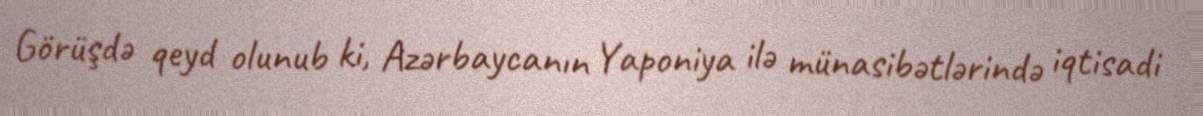
Görüşdə qeyd olunub ki, Azərbaycanın Yaponiya ilə münasibətlərində iqtisadi